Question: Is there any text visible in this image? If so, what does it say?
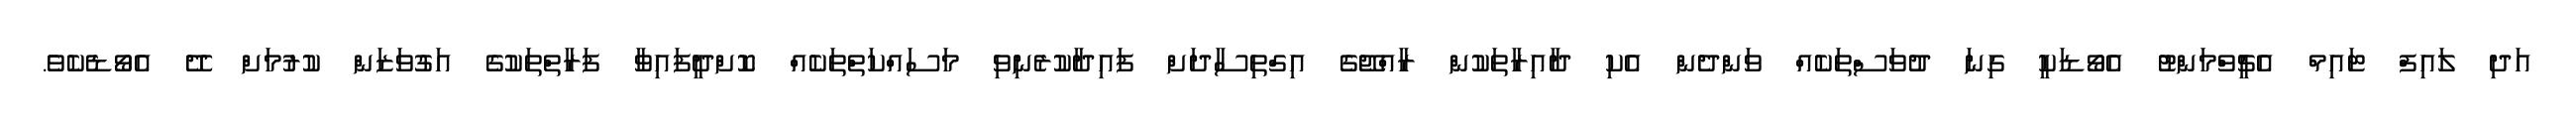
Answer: އަދި ލައިފް ޓައިމް އެޗީވްމަންޓު އެވޯޑަކީ ގިނަ ދުވަސްތަކެއް ވަންދެން އެކި ދާއިރާތަކުން ރާއްޖޭގެ އިގްތިސާދަށް ފައިދާކުރެނިވި މަސައްކަތްތަކެއް ކޮށްދީފައިވާ ފަރާތްތަކުގެ އަގުވަޒަން ކުރުމަށް ދޭ އެވޯޑެކެވެ.